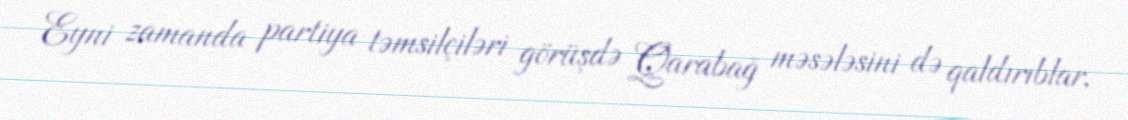
Eyni zamanda partiya təmsilçiləri görüşdə Qarabağ məsələsini də qaldırıblar,